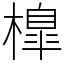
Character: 橰